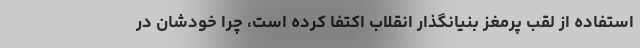
استفاده از لقب پرمغز بنیانگذار انقلاب اکتفا کرده است، چرا خودشان در